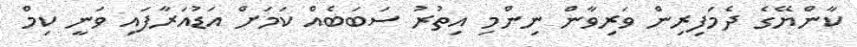
ކާންޔޭގެ ދެމަފިރިން ވަރިވާން ނިންމި އިތުރު ސަބަބެއް ކަމަށް އަޑުއަރާފައި ވަނީ ކިމް